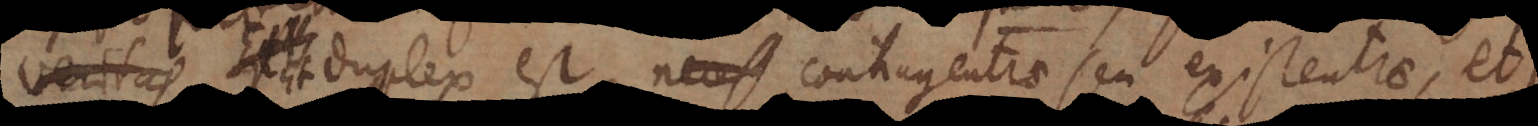
Est duplex est, contingentiae seu existentiae, et